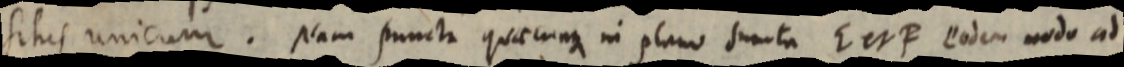
situs unicum. Nam puncta quaecunque in plano sumta E et F eodem modo ad